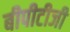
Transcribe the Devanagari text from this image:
बीपीटीजी